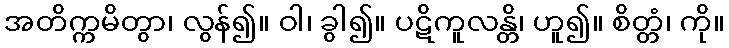
အတိက္ကမိတွာ၊ လွန်၍။ ဝါ၊ ခွါ၍။ ပဋိကူလန္တိ၊ ဟူ၍။ စိတ္တံ၊ ကို။